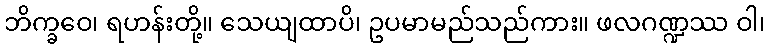
ဘိက္ခဝေ၊ ရဟန်းတို့။ သေယျထာပိ၊ ဥပမာမည်သည်ကား။ ဖလဂဏ္ဍဿ ဝါ၊